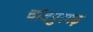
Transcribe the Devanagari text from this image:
चांदपुरगढ़